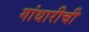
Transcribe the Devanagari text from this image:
गांधारीची